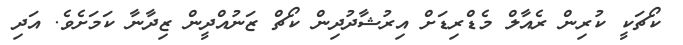
ކޯޗަކީ ކުރިން ރެއާލް މެޑްރިޑަށް އިރުޝާދުދިން ކޯޗް ޒަނުއްދީން ޒިދާނާ ކަމަށެވެ. އަދި